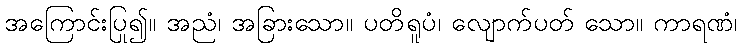
အကြောင်းပြု၍။ အညံ၊ အခြားသော။ ပတိရူပံ၊ လျောက်ပတ် သော။ ကာရဏံ၊